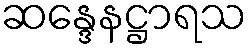
ဆန္ဒေနဋ္ဌာရသ